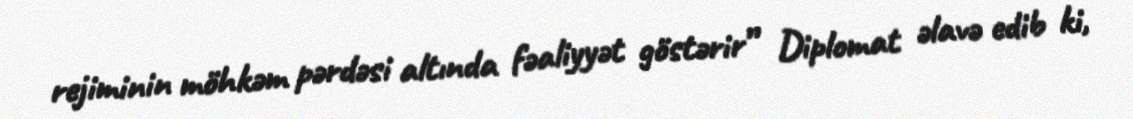
rejiminin möhkəm pərdəsi altında fəaliyyət göstərir” Diplomat əlavə edib ki,